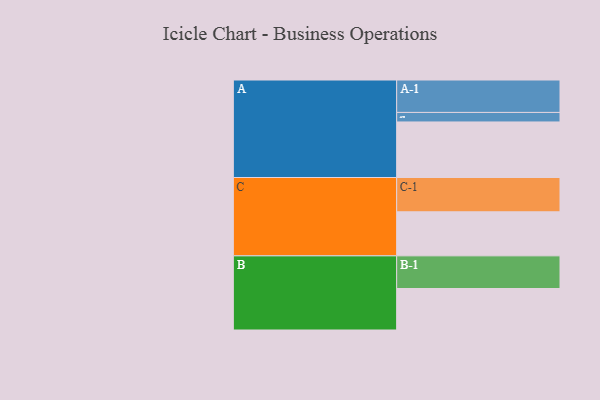
{"axis": {"x": "Segment", "y": "Value"}, "legend": ["", "A", "B", "C"], "data": [{"x": "A", "y": 478, "type": ""}, {"x": "B", "y": 357, "type": ""}, {"x": "C", "y": 379, "type": ""}, {"x": "A-1", "y": 279, "type": "A"}, {"x": "A-2", "y": 82, "type": "A"}, {"x": "B-1", "y": 281, "type": "B"}, {"x": "C-1", "y": 295, "type": "C"}]}